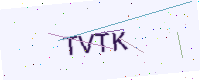
Text: TVTK